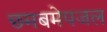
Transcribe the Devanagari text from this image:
छमबमेपजल